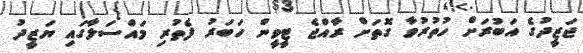
ޖަޒީދުގެ އަބުރަށް ހުތުރުވާ ގޮތަށް ރާއްޖެ ޓީވީން ހަބަރު ފެތުރި މައްސަލާގައި ޔަޒީދު